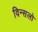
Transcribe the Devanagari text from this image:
विन्सलो